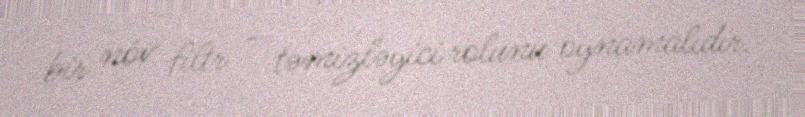
bir növ filtr – təmizləyici rolunu oynamalıdır.